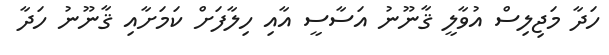
ހަދާ މަޖިލިސް އުވާލީ ޤާނޫނު އަސާސީ އާއި ހިލާފަށް ކަމަށާއި ޤާނޫނު ހަދާ